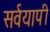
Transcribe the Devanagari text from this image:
सर्वयापी